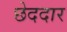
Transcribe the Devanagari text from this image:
छेददार